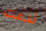
ندمت